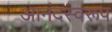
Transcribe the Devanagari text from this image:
आनंदस्वरूप